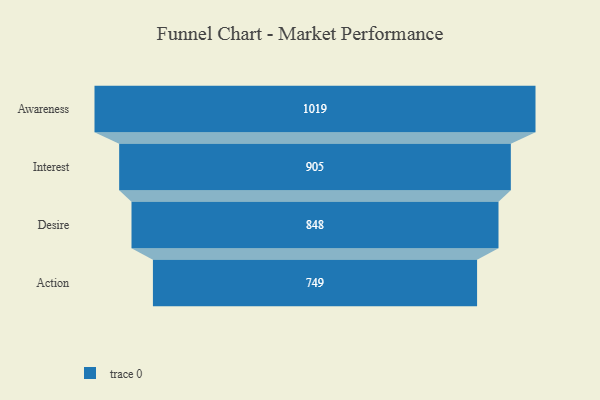
{"axis": {"x": "Stage", "y": "Value"}, "legend": [""], "data": [{"x": "Awareness", "y": 1019.0, "type": ""}, {"x": "Interest", "y": 905.0, "type": ""}, {"x": "Desire", "y": 848.0, "type": ""}, {"x": "Action", "y": 749.0, "type": ""}]}